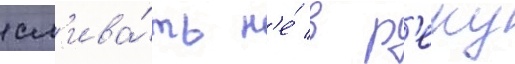
сл'ива́ть н'е́ в р'еку